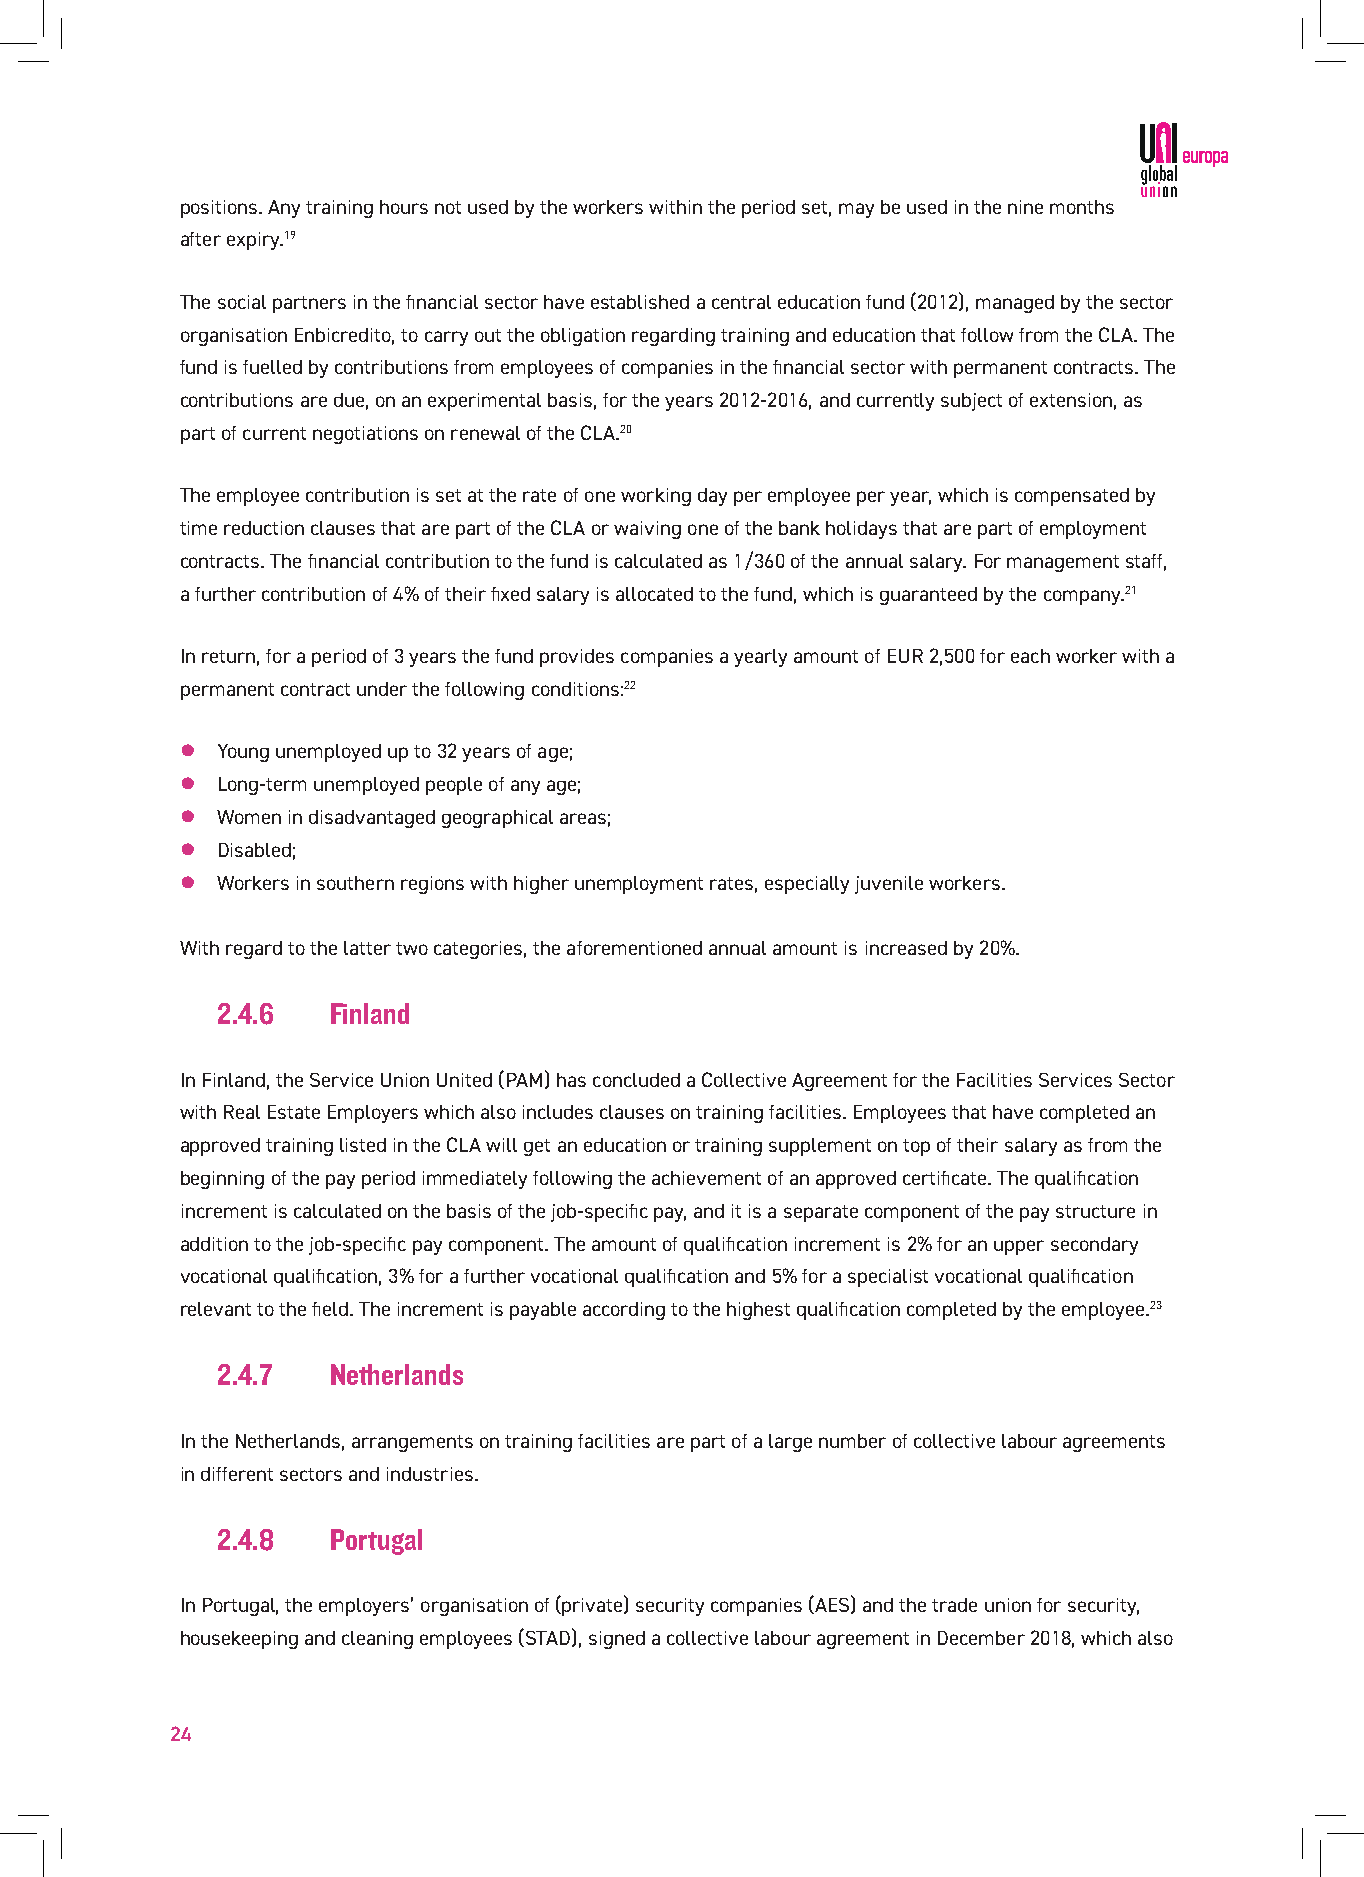
positions. Any training hours not used by the workers within the period set, may be used in the nine months
 after expiry.19
 The social partners in the financial sector have established a central education fund (2012), managed by the sector
 organisation Enbicredito, to carry out the obligation regarding training and education that follow from the CLA. The
 fund is fuelled by contributions from employees of companies in the financial sector with permanent contracts. The
 contributions are due, on an experimental basis, for the years 2012-2016, and currently subject of extension, as
 part of current negotiations on renewal of the CLA.20
 The employee contribution is set at the rate of one working day per employee per year, which is compensated by
 time reduction clauses that are part of the CLA or waiving one of the bank holidays that are part of employment
 contracts. The financial contribution to the fund is calculated as 1/360 of the annual salary. For management staff,
 a further contribution of 4% of their fixed salary is allocated to the fund, which is guaranteed by the company.21
 In return, for a period of 3 years the fund provides companies a yearly amount of EUR 2,500 for each worker with a
 permanent contract under the following conditions:22
 z Young unemployed up to 32 years of age;
 z Long-term unemployed people of any age;
 z Women in disadvantaged geographical areas;
 z Disabled;
 z Workers in southern regions with higher unemployment rates, especially juvenile workers.
 With regard to the latter two categories, the aforementioned annual amount is increased by 20%.
 2.4.6   Finland
 In Finland, the Service Union United (PAM) has concluded a Collective Agreement for the Facilities Services Sector
 with Real Estate Employers which also includes clauses on training facilities. Employees that have completed an
 approved training listed in the CLA will get an education or training supplement on top of their salary as from the
 beginning of the pay period immediately following the achievement of an approved certificate. The qualification
 increment is calculated on the basis of the job-specific pay, and it is a separate component of the pay structure in
 addition to the job-specific pay component. The amount of qualification increment is 2% for an upper secondary
 vocational qualification, 3% for a further vocational qualification and 5% for a specialist vocational qualification
 relevant to the field. The increment is payable according to the highest qualification completed by the employee.23
 2.4.7   Netherlands
 In the Netherlands, arrangements on training facilities are part of a large number of collective labour agreements
 in different sectors and industries.
 2.4.8   Portugal
 In Portugal, the employers’ organisation of (private) security companies (AES) and the trade union for security,
 housekeeping and cleaning employees (STAD), signed a collective labour agreement in December 2018, which also
 24